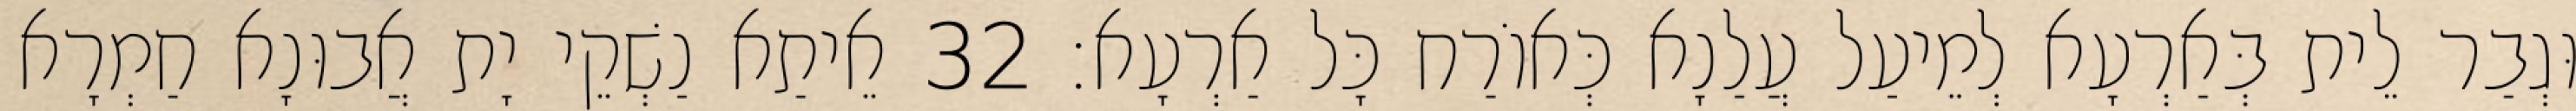
וּגְבַר לֵית בְּאַרְעָא לְמֵיעַל עֲלַנָא כְּאוֹרַח כָּל אַרְעָא׃ 32 אֵיתַא נַשְׁקֵי יָת אֲבוּנָא חַמְרָא